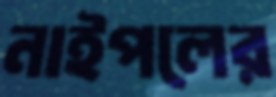
নাইপলের